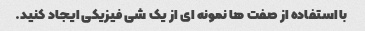
با استفاده از صفت ها نمونه ای از یک شی فیزیکی ایجاد کنید.